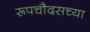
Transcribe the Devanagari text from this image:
रूपचौदसच्या